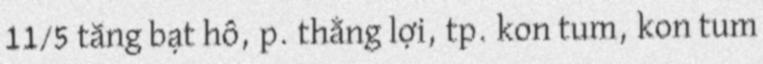
11/5 tăng bạt hổ, p. thắng lợi, tp. kon tum, kon tum